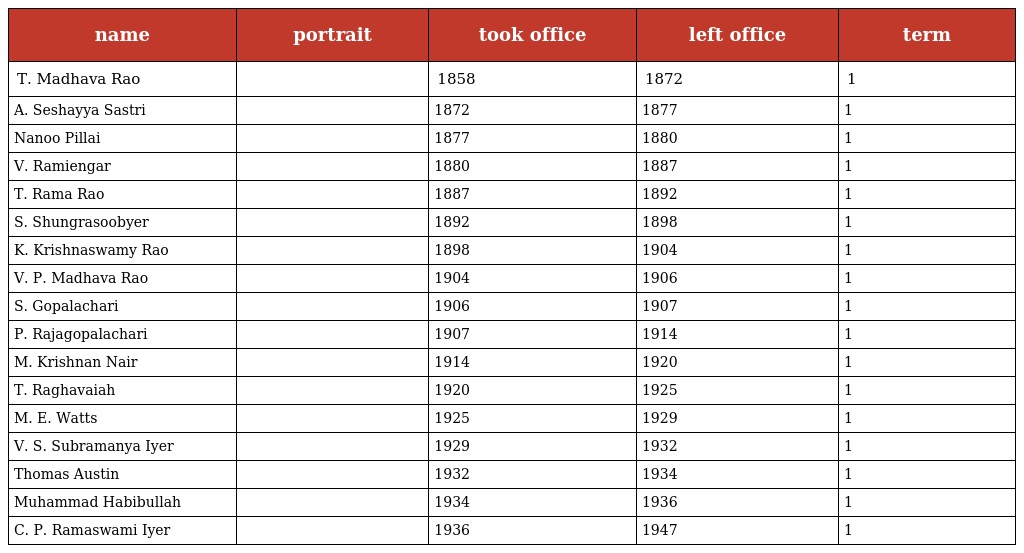
| name | portrait | took office | left office | term |
 | --- | --- | --- | --- | --- |
 | T. Madhava Rao |  | 1858 | 1872 | 1 |
 | A. Seshayya Sastri |  | 1872 | 1877 | 1 |
 | Nanoo Pillai |  | 1877 | 1880 | 1 |
 | V. Ramiengar |  | 1880 | 1887 | 1 |
 | T. Rama Rao |  | 1887 | 1892 | 1 |
 | S. Shungrasoobyer |  | 1892 | 1898 | 1 |
 | K. Krishnaswamy Rao |  | 1898 | 1904 | 1 |
 | V. P. Madhava Rao |  | 1904 | 1906 | 1 |
 | S. Gopalachari |  | 1906 | 1907 | 1 |
 | P. Rajagopalachari |  | 1907 | 1914 | 1 |
 | M. Krishnan Nair |  | 1914 | 1920 | 1 |
 | T. Raghavaiah |  | 1920 | 1925 | 1 |
 | M. E. Watts |  | 1925 | 1929 | 1 |
 | V. S. Subramanya Iyer |  | 1929 | 1932 | 1 |
 | Thomas Austin |  | 1932 | 1934 | 1 |
 | Muhammad Habibullah |  | 1934 | 1936 | 1 |
 | C. P. Ramaswami Iyer |  | 1936 | 1947 | 1 |